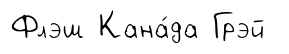
Флэш Кана́да Грэй